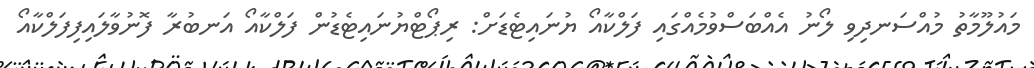
މައުލޫމާތު މުއްސަނދިވި ލޯނު އެއްބަސްވުމެއްގައި ފަލްކާއޯ ޔުނައިޓެޑަށް: ރިޕޯޓްޔުނައިޓެޑުން ފަލްކާއޯ އަނބުރާ ފޮނުވާލައިފިފަލްކާއޯ